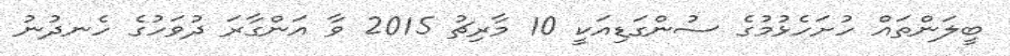
ބީލަންތައް ހުށަހެޅުމުގެ ސުންގަޑިއަކީ 10 މާރިޗު 2015 ވާ އަންގާރަ ދުވަހުގެ ހެނދުނު